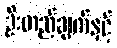
ဦးတည်ချက်နှင့်